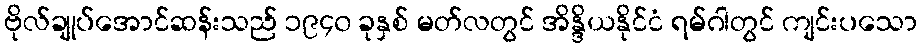
ဗိုလ်ချုပ်အောင်ဆန်းသည် ၁၉၄၀ ခုနှစ် မတ်လတွင် အိန္ဒိယနိုင်ငံ ရမ်ဂါတွင် ကျင်းပသော